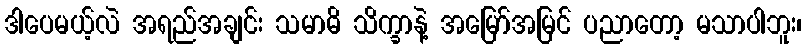
ဒါပေမယ့်လဲ အရည်အချင်း သမာဓိ သိက္ခာနဲ့ အမြော်အမြင် ပညာတော့ မသာပါဘူး၊